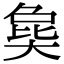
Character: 㚟